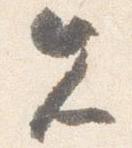
先